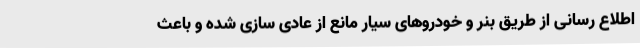
اطلاع رسانی از طریق بنر و خودروهای سیار مانع از عادی سازی شده و باعث